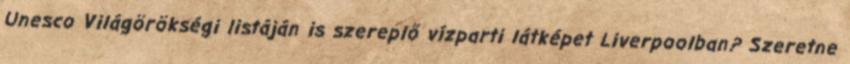
Unesco Világörökségi listáján is szereplő vízparti látképet Liverpoolban? Szeretne